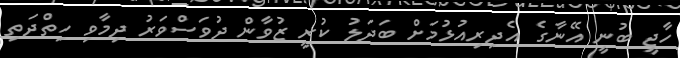
ހާޖީ ބުނީ އޭނާގެ އެދިރިއުޅުމަށް ބަދަލު ކުރީ ޒުވާން ދުވަސްވަރު ދިމާވި ހިތްދަތި